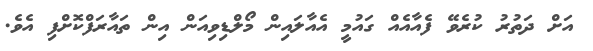
އަށް ދަތުރު ކުރެވޭ ފެއާއެއް ގައުމީ އެއާލައިން މޯލްޑިވިއަން އިން ތައާރަފްކޮށްފި އެވެ.